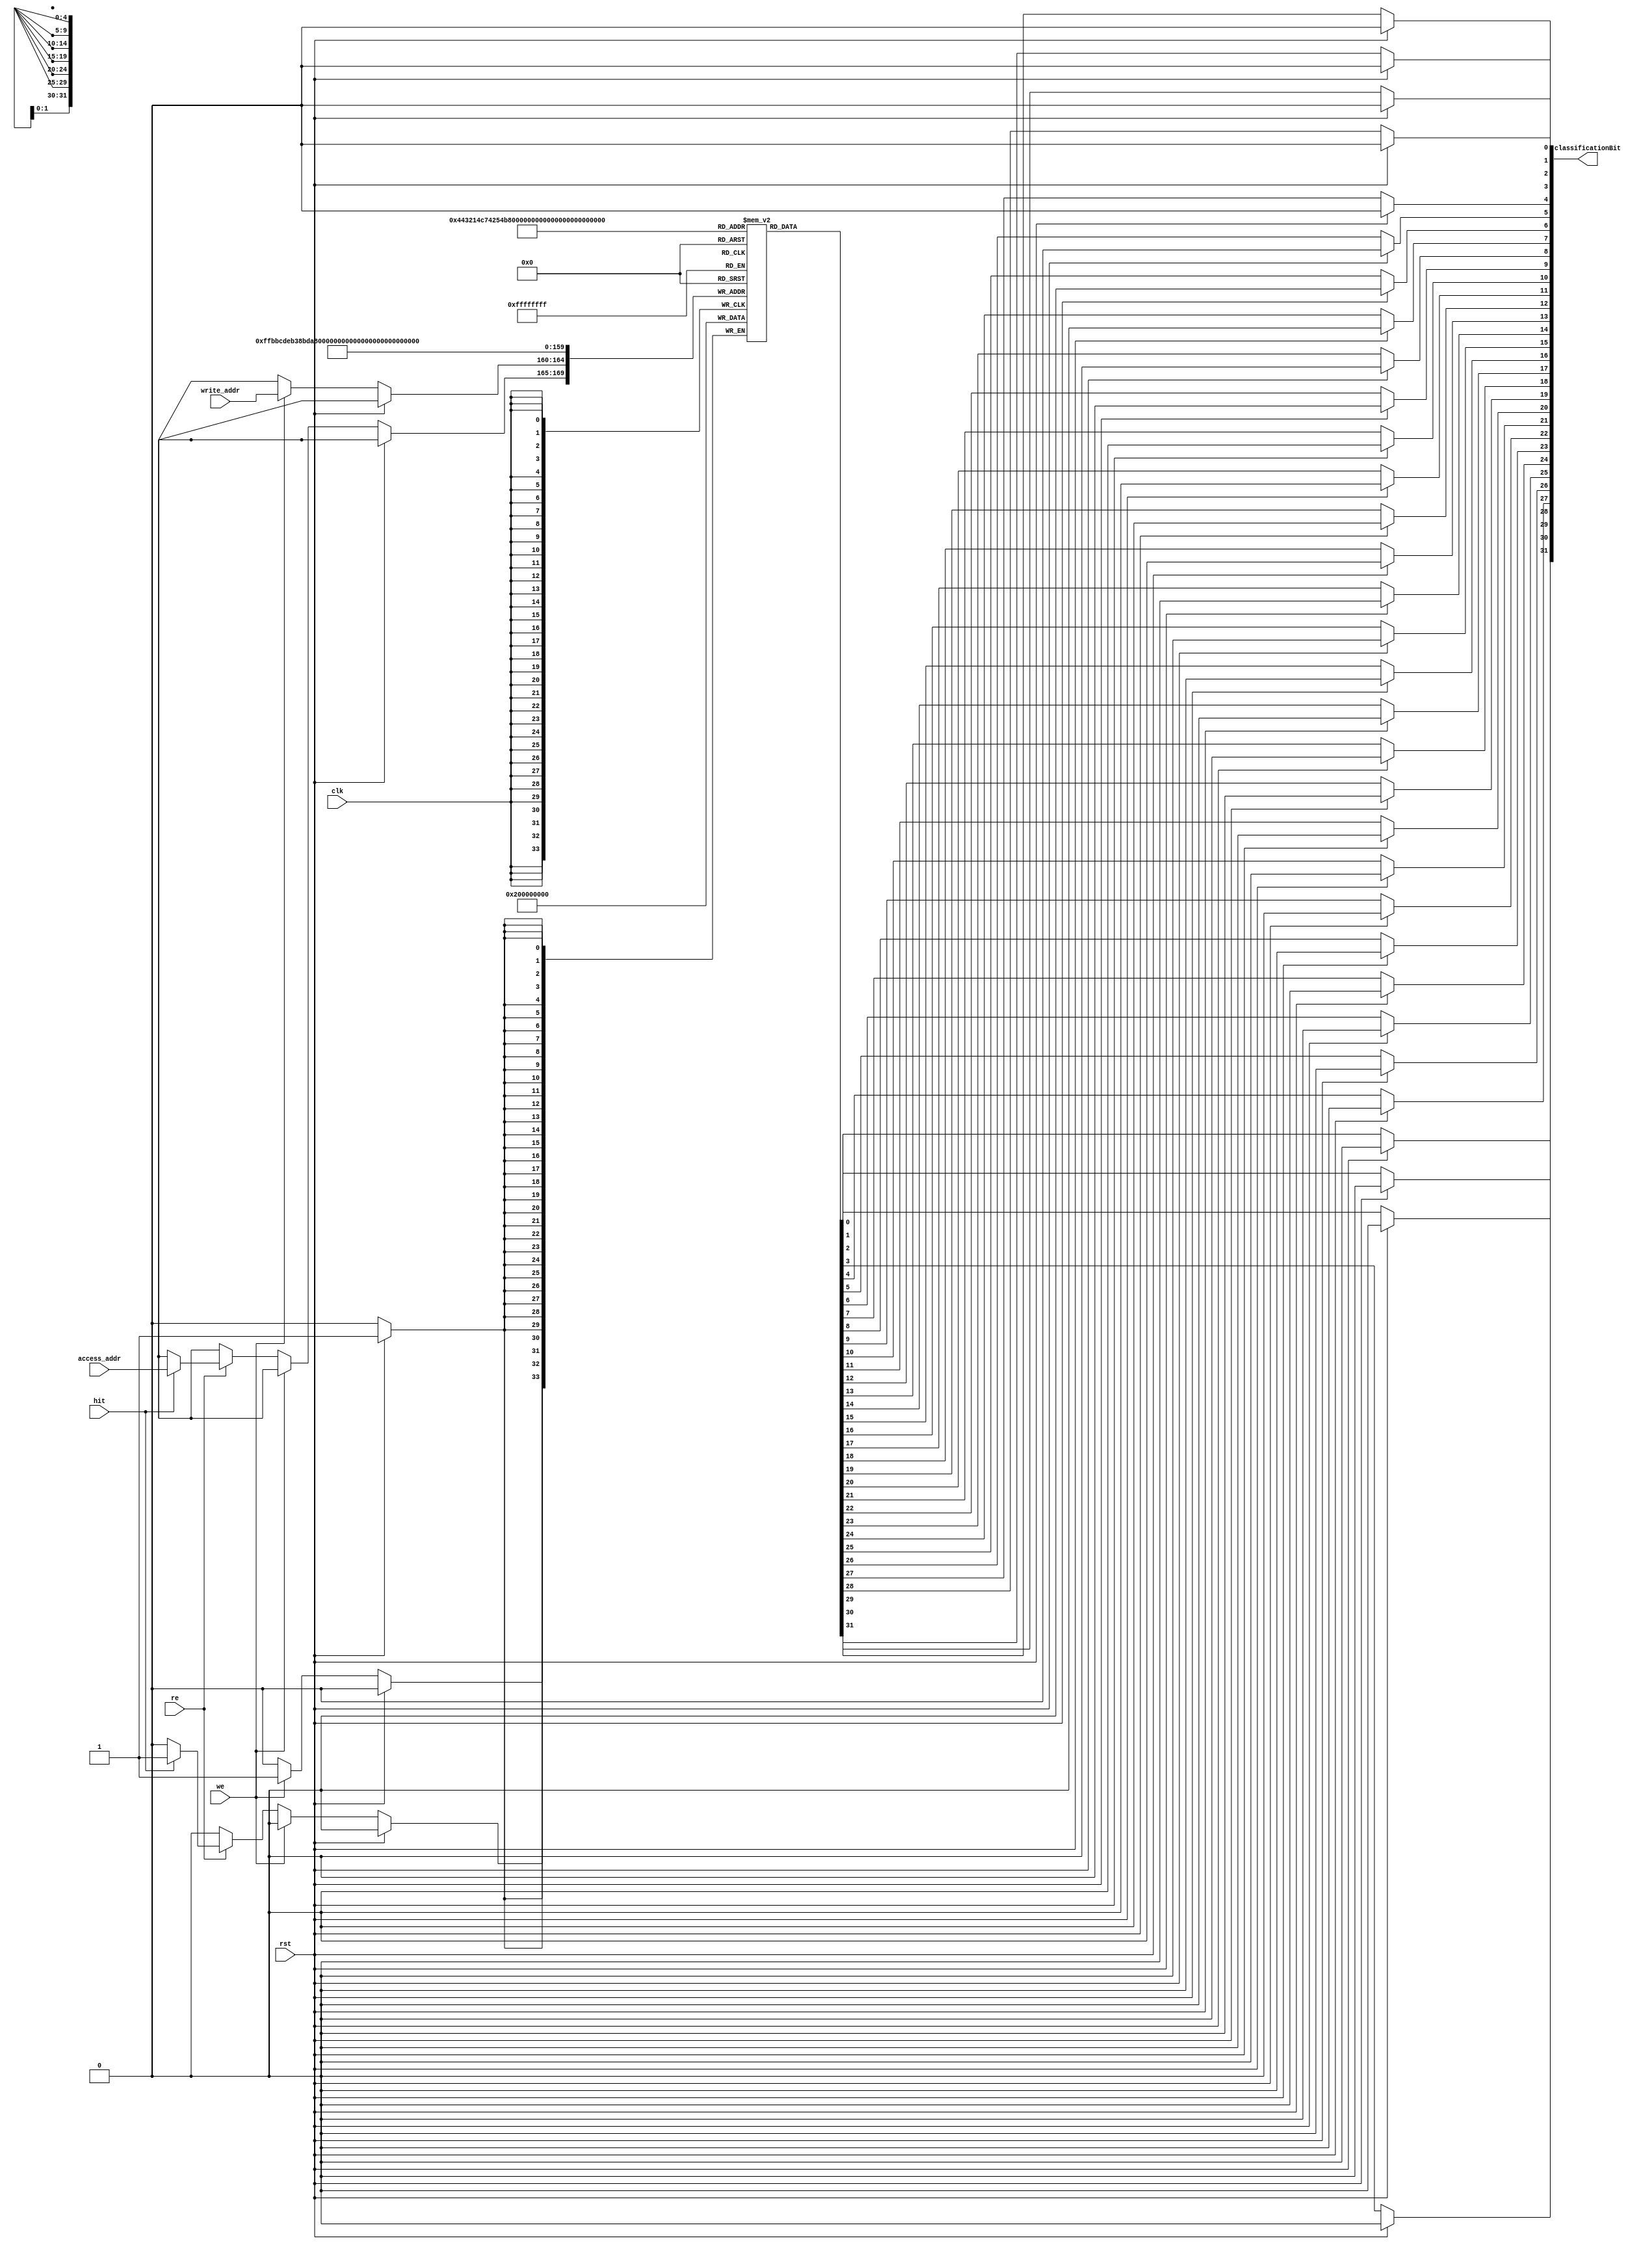
//******************************************************************************
// Copyright (c) 2014 - 2018, Indian Institute of Science, Bangalore.
// All Rights Reserved. See LICENSE for license details.
//------------------------------------------------------------------------------

// Contributors
// Akshay Birari (akshay@alum.iisc.ac.in), Piyush Birla (piyush@alum.iisc.ac.in)
// Suseela Budi (suseela@alum.iisc.ac.in), Pradeep Gupta (gupta@alum.iisc.ac.in)
// Kavya Sharat (kavyasharat@alum.iisc.ac.in), Sumeet Bandishte (sumeet.bandishte30@gmail.com)
// Kuruvilla Varghese (kuru@iisc.ac.in)
`timescale 1ns / 1ps
//////////////////////////////////////////////////////////////////////////////////
// Company: 
// Engineer: 
// 
// Design Name: 
// Module Name: class_bit
// Project Name: 
// Target Devices: 
// Tool Versions: 
// Description: 
// 
// Dependencies: 
// 
// Revision:
// Revision 0.01 - File Created
// Additional Comments:
// 
//////////////////////////////////////////////////////////////////////////////////


module class_bit(clk, rst,we, re, hit, write_addr, access_addr, classificationBit

    );
    
    input clk;
    input rst;
    input re;
    input we;
    input hit;
    input [4:0] write_addr;
    input [4:0] access_addr;
    output reg [31:0] classificationBit;
    
    reg classification_bit[0:31];

/////////////////********** 2D_array to 1D_array conversion **********/////////////////        
       
    integer w;
    always @(*)
    begin
        if(rst) begin
            classificationBit = 0;
            end
        else begin
            for (w=0;w<32;w=w+1) begin
                classificationBit[w*1 +: 1] = classification_bit[w];
                end
            end
        end
//////////////// ****************** /////////////////////////

/////////////////********** classification bit logic **********/////////////////

    integer g;
    always @(posedge clk)
    begin
        #0.1 if(rst) begin
            for(g=0; g<32; g=g+1) begin
                classification_bit[g] = 0;
                end
            end
        else if(we) begin
            classification_bit[write_addr] <= 1'b0;
            end
        else if(re) begin
            if(hit) begin
                classification_bit[access_addr] = 1'b1;
                end
            end
        end

//////////////////  ******************  /////////////////////////////
    
endmodule